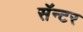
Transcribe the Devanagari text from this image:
सॅन्टर